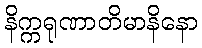
နိက္ကရုဏာတိမာနိနော